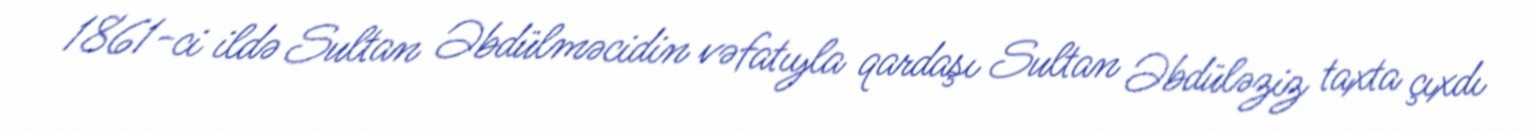
1861-ci ildə Sultan Əbdülməcidin vəfatıyla qardaşı Sultan Əbdüləziz taxta çıxdı